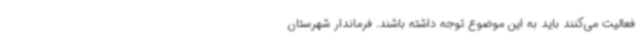
فعالیت می‌کنند باید به این موضوع توجه داشته باشند. فرماندار شهرستان